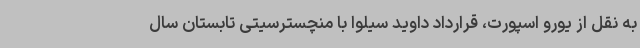
به نقل از یورو اسپورت، قرارداد داوید سیلوا با منچسترسیتی تابستان سال